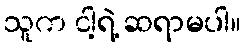
သူက ငါ့ရဲ့ ဆရာမပါ။